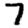
Digit: 7